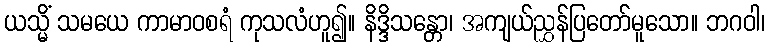
ယသ္မိံ သမယေ ကာမာဝစရံ ကုသလံဟူ၍။ နိဒ္ဒိသန္တော၊ အကျယ်ညွှန်ပြတော်မူသော။ ဘဂဝါ၊